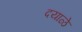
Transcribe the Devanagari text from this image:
दयाळे